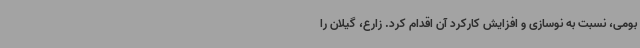
بومی، نسبت به نوسازی و افزایش کارکرد آن اقدام کرد. زارع، گیلان را